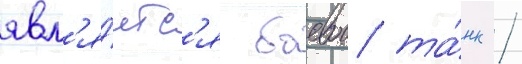
явл'я́етс'я боевои та́нк /